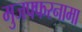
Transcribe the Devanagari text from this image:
मुजफ्फरनामा